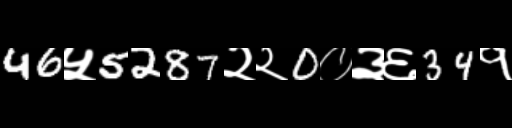
Text: 46५5287२२0०३६34१